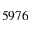
5 9 7 6